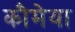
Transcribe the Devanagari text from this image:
कौमेया